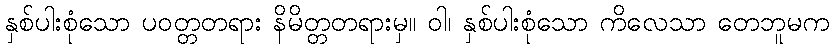
နှစ်ပါးစုံသော ပဝတ္တတရား နိမိတ္တတရားမှ။ ဝါ၊ နှစ်ပါးစုံသော ကိလေသာ တေဘူမက